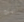
تلك